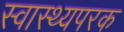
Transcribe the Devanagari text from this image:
स्वास्थ्यपरक